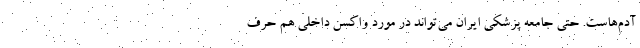
آدم‌هاست. حتی جامعه پزشکی ایران می‌تواند در مورد واکسن داخلی هم حرف